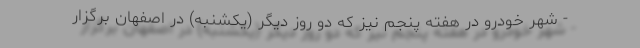
- شهر خودرو در هفته پنجم نیز که دو روز دیگر (یکشنبه) در اصفهان برگزار